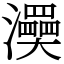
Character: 㶔